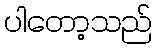
ပါတော့သည်